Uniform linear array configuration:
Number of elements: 4
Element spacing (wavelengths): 0.5
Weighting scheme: hamming
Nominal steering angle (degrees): -30
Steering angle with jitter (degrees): -29.156
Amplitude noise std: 0.05
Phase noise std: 0.05

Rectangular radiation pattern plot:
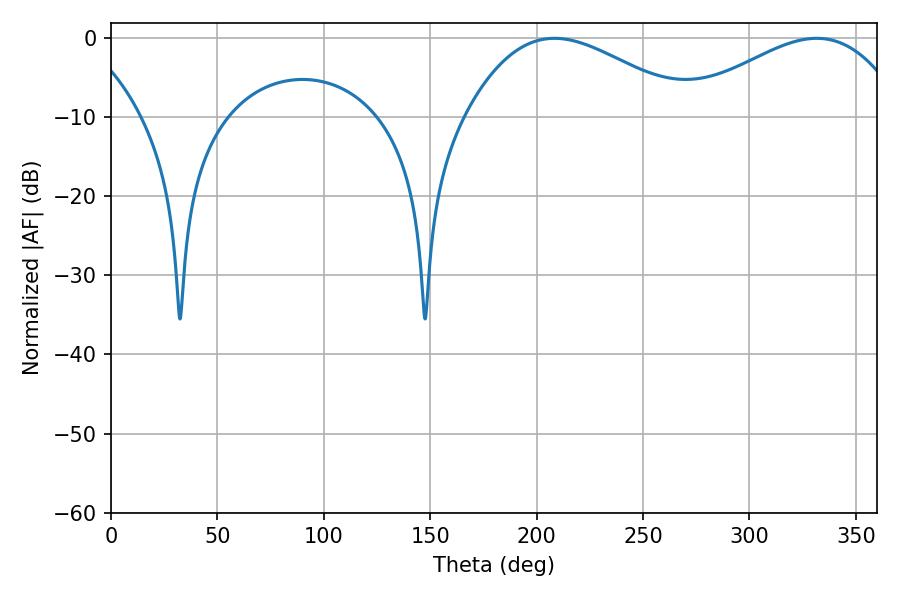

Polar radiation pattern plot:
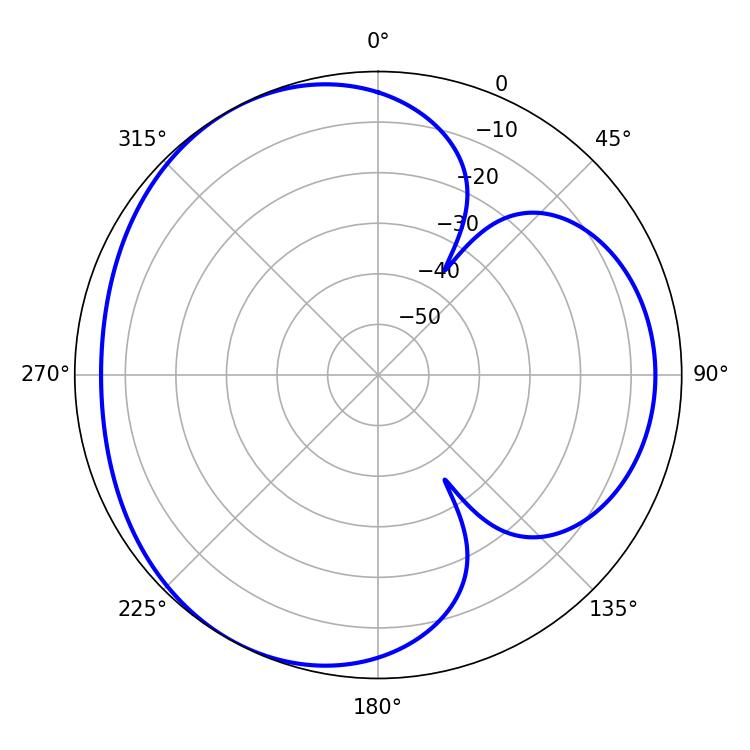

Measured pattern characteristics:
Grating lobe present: FALSE
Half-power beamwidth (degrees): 57.42
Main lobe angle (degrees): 208.44